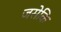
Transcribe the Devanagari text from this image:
जसेकि